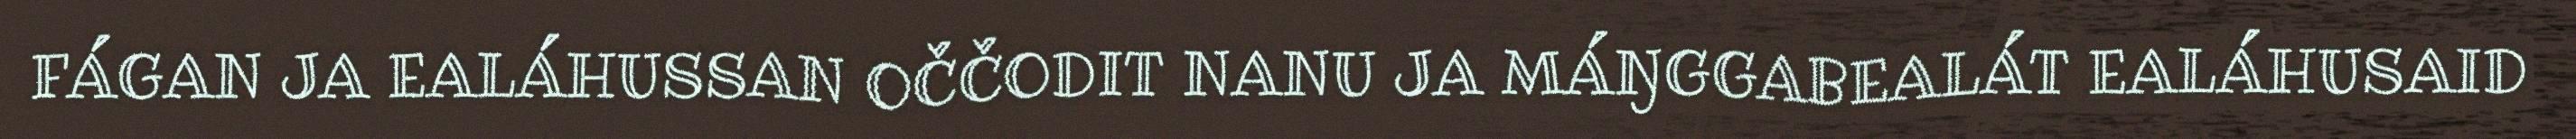
FÁGAN JA EALÁHUSSAN OČČODIT NANU JA MÁŊGGABEALÁT EALÁHUSAID